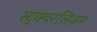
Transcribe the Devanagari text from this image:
स्ट्रक्चरलिज़म